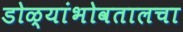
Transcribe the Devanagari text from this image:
डोळ्यांभोवतालचा